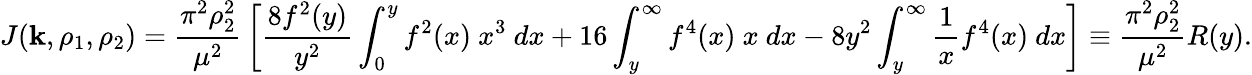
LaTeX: J(\mathbf{k},\rho_{1},\rho_{2})={\frac{{\pi^{2}\rho_{2}^{2}}}{{\mu^{2}}}}\left[{\frac{{8f^{2}(y)}}{{y^{2}}}}\int_{0}^{y}f^{2}(x)\ x^{3}\ dx+16\int_{y}^{\infty}f^{4}(x)\ x\ dx-8y^{2}\int_{y}^{\infty}\frac{{1}}{{x}}f^{4}(x)\ dx\right]\equiv{\frac{{\pi^{2}\rho_{2}^{2}}}{{\mu^{2}}}}R(y).